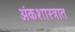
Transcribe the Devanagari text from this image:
अंकशास्त्रात